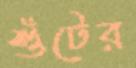
শুঁটের